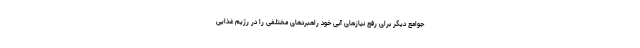
جوامع دیگر برای رفع نیازهای آبی خود راهبردهای مختلفی را در رژیم غذایی